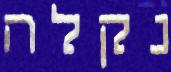
נקלה